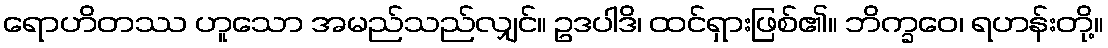
ရောဟိတဿ ဟူသော အမည်သည်လျှင်။ ဥဒပါဒိ၊ ထင်ရှားဖြစ်၏။ ဘိက္ခဝေ၊ ရဟန်းတို့။